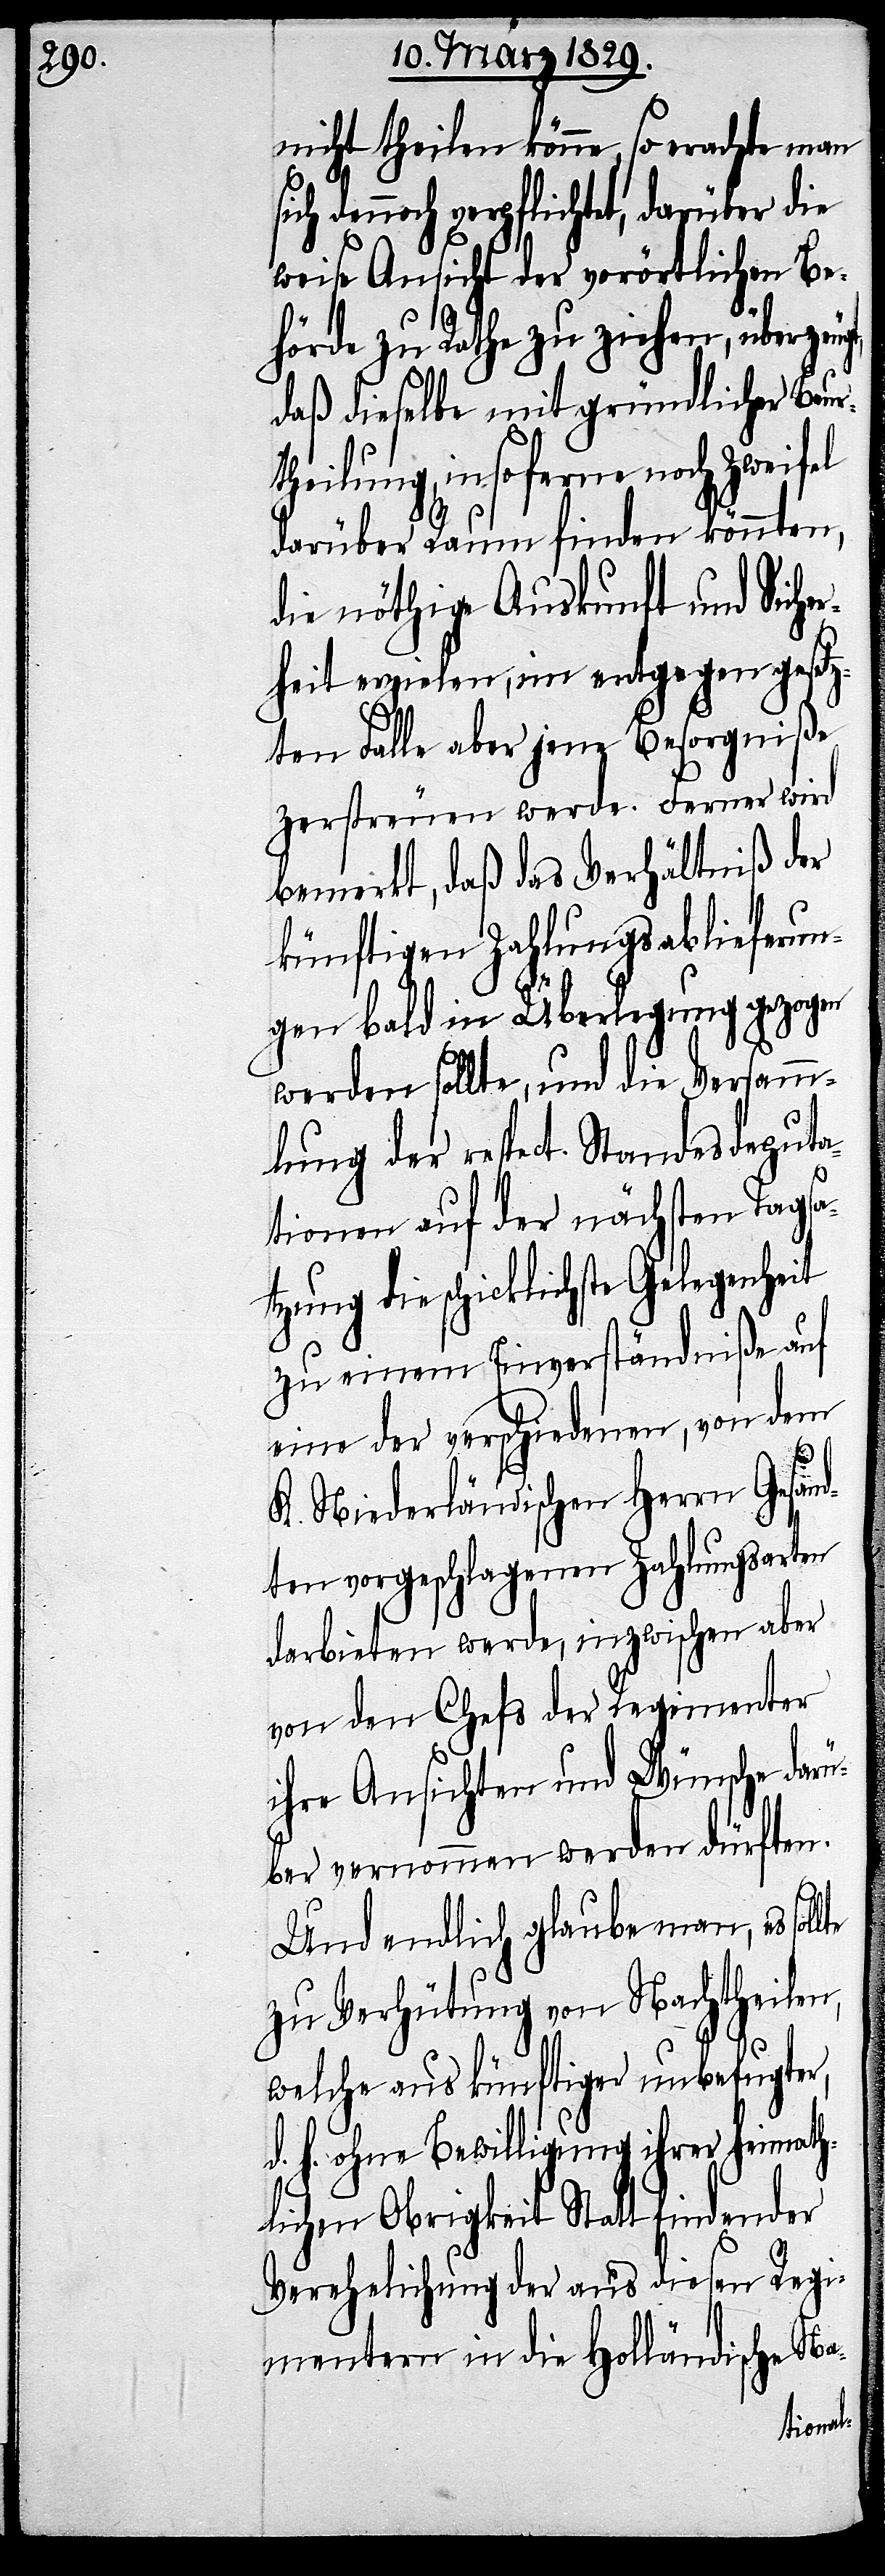
nicht theilen könne, so erachte man
noch verpflichtet, darüber die
weise Ansicht der vorörtlichen Be¬
hörde zu Rathe zu ziehen, überze¬
daß dieselbe mit gründlicher Beur¬
theilung, insoferne noch Zweifel
darüber Raum finden könnten,
die nöthige Auskunft und Siche¬
rheit erzielen, im entgegen gesetz¬
ten Falle aber jene Besorgniße
zerstreuen werde. Ferner wird
bemerkt, daß das Verhältniß der
künftigen Zahlungsablieferun¬
gen bald in Überlegung gezogen
werden sollte, und die Versamm¬
lung der respect. Standesdeputa¬
tionen auf der nächsten Tagsa¬
tzung die schicklichste Gelegenheit
zu einem Einverständniße auf
eine der verschiedenen, von dem
K. Niederländischen Herrn Gesand¬
ten vorgeschlagenen Zahlungsarten
darbieten werde, inzwischen aber
von dem Chefs der Regimenter
ihre Ansichten und Wünsche darü¬
ber vernommen werde dürften.
Und endlich glaube man, es
zu Verhütung von Nachtheilen,
welche aus künftiger unbefugter,
d. h. ohne Bewilligung ihrer heimath¬
lichen Obrigkeit Statt findender
Verehelichung der aus diesen Regi¬
mentern in die Holländische Na-
ugt,